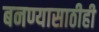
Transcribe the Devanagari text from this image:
बनण्यासाठीही